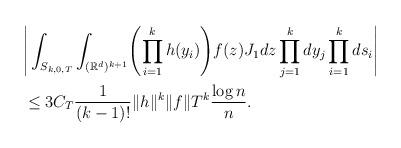
LaTeX: \begin{align*}&\Bigg|\int_{S_{k,0,T}}\int_{(\mathbb{R}^d)^{k+1}} \Biggl(\prod_{i=1}^kh(y_i) \Biggr)f(z)J_1 dz \prod_{j=1}^k dy_j \prod_{i=1}^k ds_{i} \Bigg|\\&\leq3 C_T \frac{1}{(k-1)!} \|h\|^k\|f\|T^{k} \frac{\log n}{n}.\end{align*}